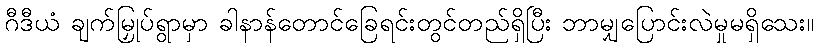
ဂီဒီယံ ချက်မြှုပ်ရွာမှာ ခါနာန်တောင်ခြေရင်းတွင်တည်ရှိပြီး ဘာမျှပြောင်းလဲမှုမရှိသေး။